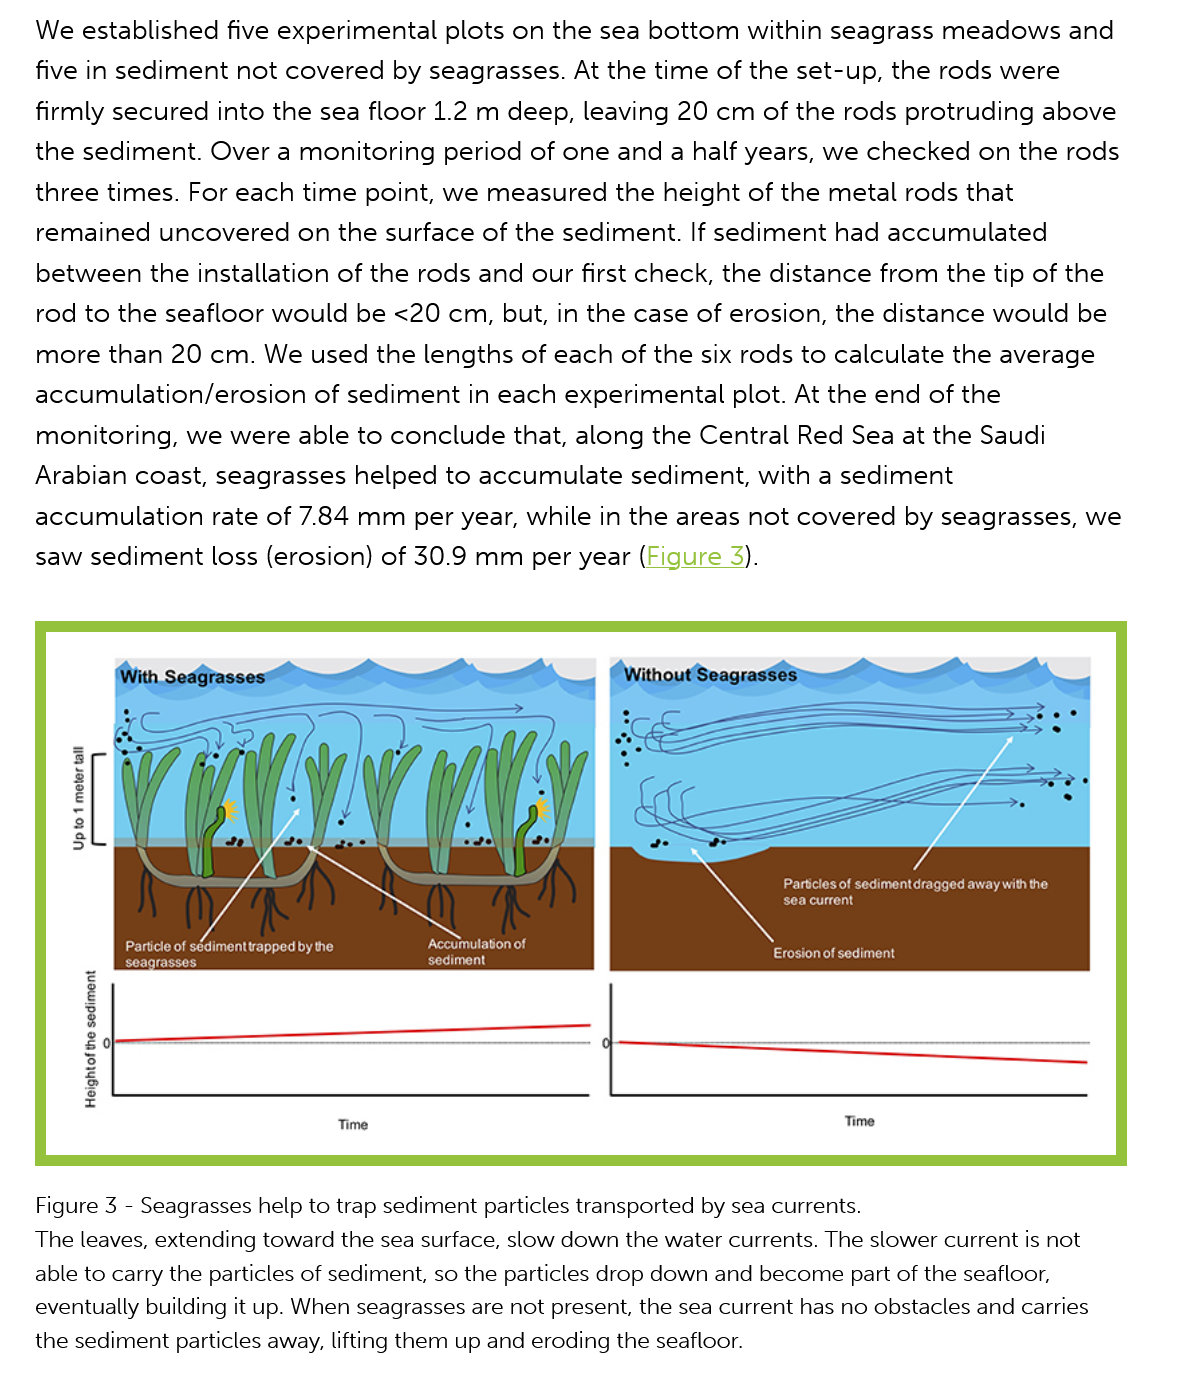
We established  five experimental plots on the sea bottom  within seagrass meadows    and
    five in sediment not covered by seagrasses.  At the time of the set-up, the rods were
    firmly secured into the sea floor 1.2 m deep, leaving 20 cm of the rods protruding  above
    the sediment. Over  a monitoring  period of one and  a half years, we checked on  the rods
    three times. For each time point, we measured   the height of the metal rods that
    remained  uncovered   on the surface of the sediment. If sediment had  accumulated
    between the installation of the rods and our first check, the distance from the tip of the
    rod to the seafloor would be  <20 cm, but, in the case of erosion, the distance would  be
    more  than 20 cm.  We  used the lengths of each of the six rods to calculate the average
    accumulation/erosion   of sediment  in each experimental plot. At the end of the
    monitoring, we  were  able to conclude that, along the Central Red  Sea at the Saudi
   Arabian  coast, seagrasses helped  to accumulate  sediment,  with a sediment
    accumulation  rate of 7.84 mm  per year, while in the areas not covered by seagrasses, we
    saw sediment loss  (erosion) of 30.9 mm  per year (Figure  3).
     Upto
     1
     meter
     tall
     Heightof
     the
     sediment
     PMc)
     Time
     ea   cuts
     Pca

     __
     (Without’Seagrasses    O_O
     —__—.
     Been    En  a
     ec
     ere   Lacat
     Time
    Figure 3
     -
     Seagrasses help to trap sediment particles transported by sea currents.
   The leaves, extending toward the sea surface, slow down the water currents. The slower current is not
    able to carry the particles of sediment, so the particles drop down and become part of the seafloor,
    eventually building it up. When seagrasses are not present, the sea current has no obstacles and carries
    the sediment particles away, lifting them up and eroding the seafloor.